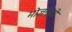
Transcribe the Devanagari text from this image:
भोजनही